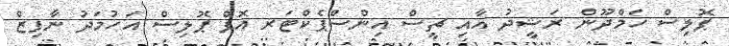
ޕޮލިސް ހަމްދޫން ރަޝީދު އާއި ޗީސް އިންސްޕެކްޓަރ އޮފް ޕޮލިސް އަހުމަދު ނާފިޒް